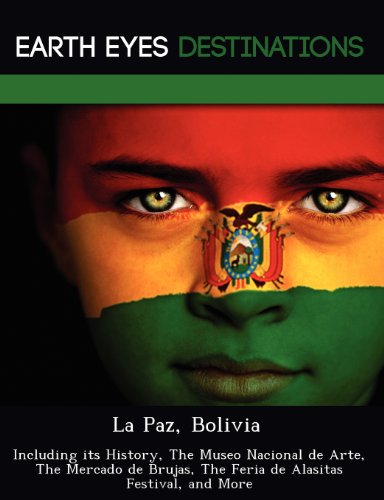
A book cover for La Paz, Bolivia: Including its History, The Museo Nacional de Arte, The Mercado de Brujas, The Feria de Alasitas Festival, and More; Sandra Wilkins; Travel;